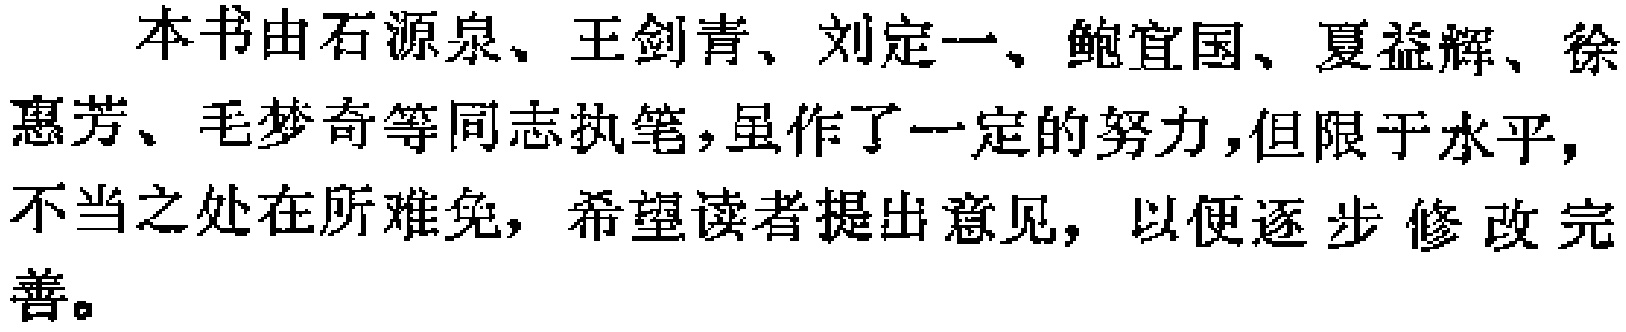
本书由石源泉、王剑青、刘定一、鲍宜国、夏益辉、徐惠芳、毛梦奇等同志执笔，虽作了一定的努力，但限于水平，不当之处在所难免，希望读者提出意见，以便逐步修改完善。